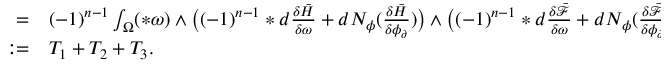
\begin{array} { r l } { = } & { { } ( - 1 ) ^ { n - 1 } \int _ { \Omega } ( \ast \omega ) \wedge \big ( ( - 1 ) ^ { n - 1 } \ast d \frac { \delta \bar { H } } { \delta \omega } + d N _ { \phi } ( \frac { \delta \bar { H } } { \delta \phi _ { \partial } } ) \big ) \wedge \big ( ( - 1 ) ^ { n - 1 } \ast d \frac { \delta \bar { \mathcal { F } } } { \delta \omega } + d N _ { \phi } ( \frac { \delta \bar { \mathcal { F } } } { \delta \phi _ { \partial } } ) \big ) } \\ { : = } & { { } T _ { 1 } + T _ { 2 } + T _ { 3 } . } \end{array}